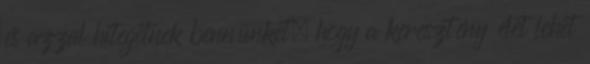
és azzal hitegetnek bennünket, hogy a keresztény élet lehet